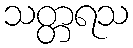
သတ္တရသ